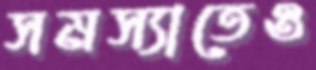
সমস্যাতেও